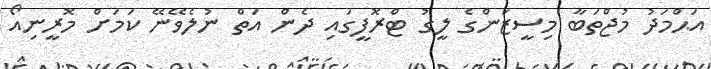
އަޙްމަދު މުޖްތަބާ މިސީޒަންގެ ލީގު ޓްރޮފީގައި ދެން އަތް ނުލެވޭނޭ ކަމަށް މޮރީނިއޯ